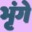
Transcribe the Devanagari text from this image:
भृंगे